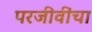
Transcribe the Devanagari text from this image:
परजीवींचा